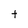
Character: t